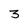
Character: 3